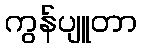
ကွန်ပျူတာ